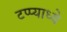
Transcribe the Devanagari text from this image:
टप्प्याध्ये